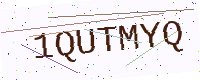
Text: 1QUTMYQ